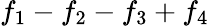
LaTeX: f_{1}-f_{2}-f_{3}+f_{4}